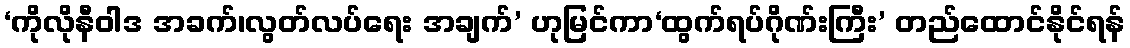
‘ကိုလိုနီဝါဒ အခက်၊လွတ်လပ်ရေး အချက်’ ဟုမြင်ကာ‘ထွက်ရပ်ဂိုဏ်းကြီး’ တည်ထောင်နိုင်ရန်